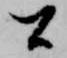
間